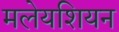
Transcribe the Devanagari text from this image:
मलेयशियन